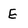
Character: E